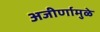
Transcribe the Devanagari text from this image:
अजीर्णामुळे